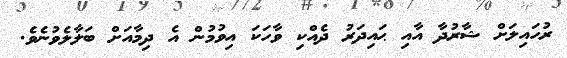
ރުހައިލަށް ޝާރުދާ އާއި ޙައިދަރު ދެއްކި ވާހަކަ އިވުމުން އެ ދިމާއަށް ބަލާލެވުނެވެ.